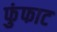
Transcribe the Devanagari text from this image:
फुंफाट